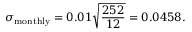
\sigma _ { \mathrm { m o n t h l y } } = 0 . 0 1 { \sqrt { \frac { 2 5 2 } { 1 2 } } } = 0 . 0 4 5 8 .